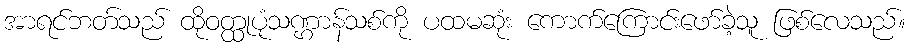
အာရင်ဘတ်သည် ထိုဝတ္ထုပုံသဏ္ဌာန်သစ်ကို ပထမဆုံး ကောက်ကြောင်းဖော်ခဲ့သူ ဖြစ်လေသည်။